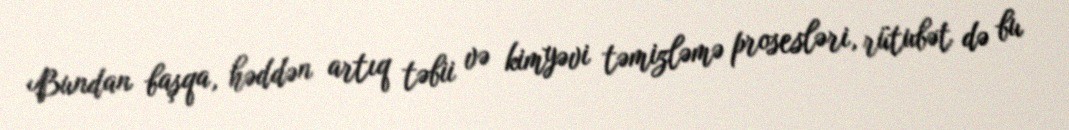
Bundan başqa, həddən artıq təbii və kimyəvi təmizləmə prosesləri, rütubət də bu